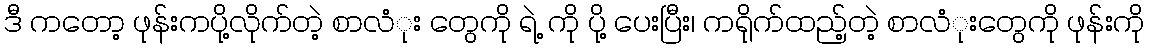
ဒီ ကတော့ ဖုန်းကပို့လိုက်တဲ့ စာလံုး တွေကို ရဲ့ ကို ပို့ ပေးပြီး၊ ကရိုက်ထည့်တဲ့ စာလံုးတွေကို ဖုန်းကို